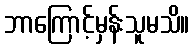
ဘာကြောင့်မှန်းသူမသိ။